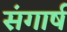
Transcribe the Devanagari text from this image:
संगार्ष